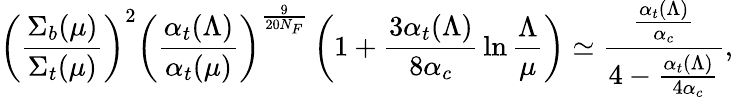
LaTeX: \left({\frac{\Sigma_{b}(\mu)}{\Sigma_{t}(\mu)}}\right)^{2}\left({\frac{\alpha_{t}(\Lambda)}{\alpha_{t}(\mu)}}\right)^{\frac{9}{20N_{F}}}\left(1+{\frac{3\alpha_{t}(\Lambda)}{8\alpha_{c}}}\ln{\frac{\Lambda}{\mu}}\right)\simeq{\frac{\frac{\alpha_{t}(\Lambda)}{\alpha_{c}}}{4-{\frac{\alpha_{t}(\Lambda)}{4\alpha_{c}}}}},